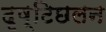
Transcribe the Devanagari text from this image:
दृष्टिछलन